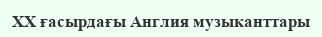
XX ғасырдағы Англия музыканттары